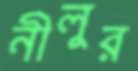
নীলুর